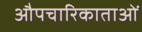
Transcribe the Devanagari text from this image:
औपचारिकाताओं